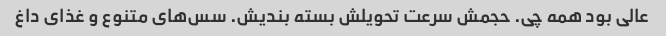
عالی بود همه چی. حجمش سرعت تحویلش بسته بندیش. سس‌های متنوع و غذای داغ